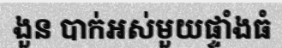
ងួន បាក់អស់មួយផ្ទាំងធំ